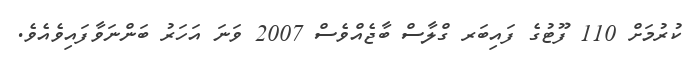
ކުރުމަށް 110 ފޫޓުގެ ފައިބަރ ގްލާސް ބާޖެއްވެސް 2007 ވަނަ އަހަރު ބަންނަވާފައިވެއެވެ.